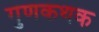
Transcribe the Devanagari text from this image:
गुणकथक